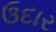
ઉદાર